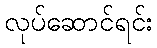
လုပ်ဆောင်ရင်း